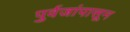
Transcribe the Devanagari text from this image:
पुर्वजांपासून